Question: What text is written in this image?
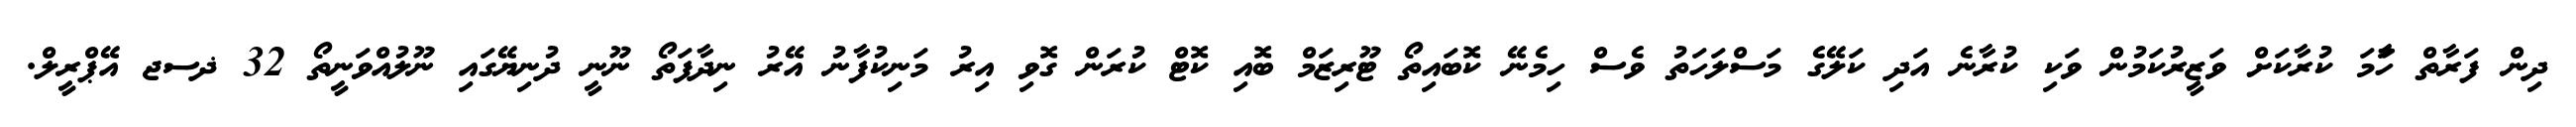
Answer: ދިން ފަރާތް ހަާމަ ކުރާކަށް ވަޒީރުކަމުން ވަކި ކުރާނެ އަދި ކަލޭގެ މަސްލަހަތު ވެސް ހިމެނޭ ކޮބައިތޯ ޓޫރިޒަމް ބޮއި ކޮޓް ކުރަން ގޮވި އިރު މަނިކުފާނު އޭރު ނިދާފަތޯ ނޫނީ ދުނިޔޭގައި ނޫލުއްވަނީތޯ 32 ޛސޖ އޭޕްރީލް.